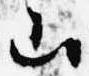
山